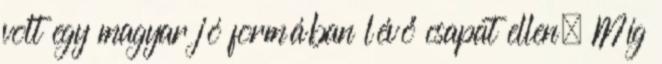
volt egy magyar jó formában lévő csapat ellen. Míg